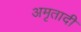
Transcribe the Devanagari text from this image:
अमृतादी